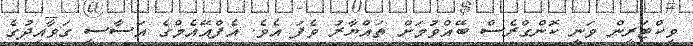
ވިކްޓަރީން ވަނީ ކޮންގްރެސް ބޭއްވުމަށް ތައްޔާރު ވެފަ އެވެ. އެފްއޭއެމްގެ އަސާސީ ގަވާއިދުގެ